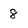
Character: 8